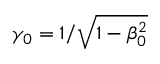
\gamma _ { 0 } = 1 / \sqrt { 1 - \beta _ { 0 } ^ { 2 } }